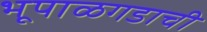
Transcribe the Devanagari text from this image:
भूपाळगडाची